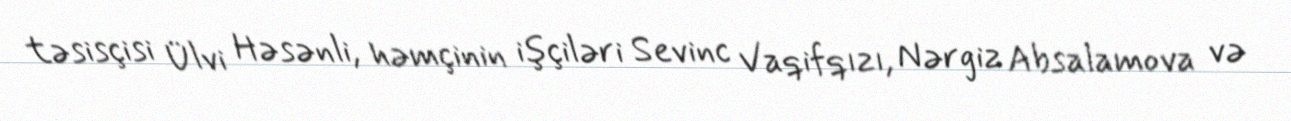
təsisçisi Ülvi Həsənli, həmçinin işçiləri Sevinc Vaqifqızı, Nərgiz Absalamova və